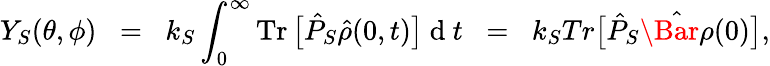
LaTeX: Y_{S}(\theta,\phi)\; \; =\; \; k_{S}\int_{0}^{\infty}\operatorname{Tr}\big[\hat{P}_{S}\hat{\rho}(0,t)\big]{\mathrm{~d~}}t\; \; =\; \; k_{S}Tr\big[\hat{P}_{S}\hat{\Bar{\rho}}(0)\big],